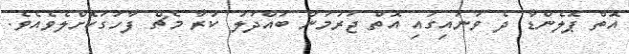
އޮތް ޕޮލެންޑާ ދެ ވަނައިގައި އޮތް ޖަރުމަން ބައްދަލު ކުރާ މެޗް ފާހަގަކޮށްލެވެއެވެ.